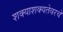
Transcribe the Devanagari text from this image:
शक्याशक्यतेवरचे